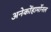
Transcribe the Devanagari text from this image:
अनेकोंहार्मोनल